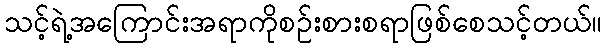
သင့်ရဲ့အကြောင်းအရာကိုစဉ်းစားစရာဖြစ်စေသင့်တယ်။